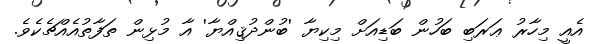
އެއީ މިހާރު ޢަރަބި ބަހުން ބަޑިއަށް މިކިޔާ 'ބުންދުޤިއްޔާ' އާ މުޅިން ތަފާތުއެއްޗެކެވެ.